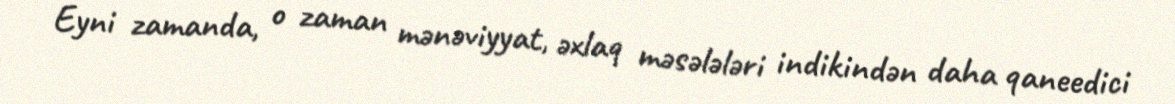
Eyni zamanda, o zaman mənəviyyat, əxlaq məsələləri indikindən daha qaneedici